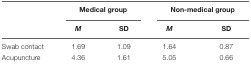
<table><thead><tr><td></td><td colspan="2"><b>Medical group</b></td><td colspan="2"><b>Non-medical group</b></td></tr><tr><td></td><td><b><i>M</i></b></td><td><b>SD</b></td><td><b><i>M</i></b></td><td><b>SD</b></td></tr></thead><tbody><tr><td>Swab contact</td><td>1.69</td><td>1.09</td><td>1.64</td><td>0.87</td></tr><tr><td>Acupuncture</td><td>4.36</td><td>1.61</td><td>5.05</td><td>0.66</td></tr></tbody></table>